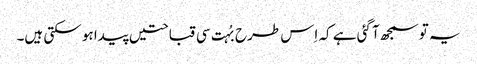
یہ تو سمجھ آ گئی ہے کہ اِس طرح بُہت سی قباحتیں پیدا ہو سکتی ہیں۔